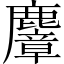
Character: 麞